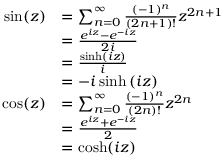
{ \begin{array} { r l } { \sin ( z ) } & { = \sum _ { n = 0 } ^ { \infty } { \frac { ( - 1 ) ^ { n } } { ( 2 n + 1 ) ! } } z ^ { 2 n + 1 } } \\ & { = { \frac { e ^ { i z } - e ^ { - i z } } { 2 i } } } \\ & { = { \frac { \sinh \left( i z \right) } { i } } } \\ & { = - i \sinh \left( i z \right) } \\ { \cos ( z ) } & { = \sum _ { n = 0 } ^ { \infty } { \frac { ( - 1 ) ^ { n } } { ( 2 n ) ! } } z ^ { 2 n } } \\ & { = { \frac { e ^ { i z } + e ^ { - i z } } { 2 } } } \\ & { = \cosh ( i z ) } \end{array} }